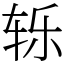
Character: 轹